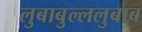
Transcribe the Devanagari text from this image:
लुबाबुल्ललुबाब